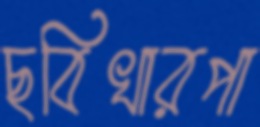
ছবিখারপা